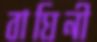
বাঘিনী